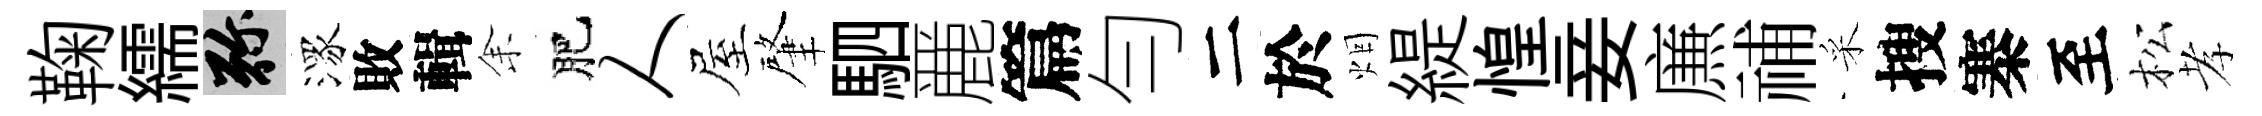
鞠繻弥潈敗輯𪜬肥人屋肇駟䴡篇勻二於烟緹惶妾㢘𥙷采搜寨至松孝